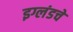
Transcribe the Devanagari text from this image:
इग्लंडचे